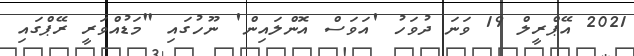
2021 އޭޕްރީލް 19 ވަނަ ދުވަހު 'އަވަސް އޮންލައިން' ނޫހުގައި "މަޑުއްވަރީ ރޭޕްގައި